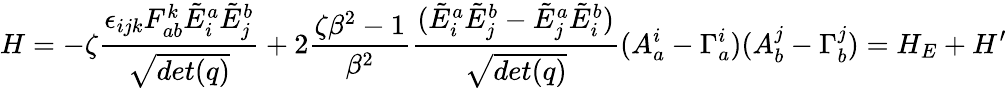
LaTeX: H=-\zeta{\frac{\epsilon_{ijk}F_{ab}^{k}{\tilde{E}}_{i}^{a}{\tilde{E}}_{j}^{b}}{\sqrt{det(q)}}}+2{\frac{\zeta\beta^{2}-1}{\beta^{2}}}{\frac{({\tilde{E}}_{i}^{a}{\tilde{E}}_{j}^{b}-{\tilde{E}}_{j}^{a}{\tilde{E}}_{i}^{b})}{\sqrt{det(q)}}}(A_{a}^{i}-\Gamma_{a}^{i})(A_{b}^{j}-\Gamma_{b}^{j})=H_{E}+H^{\prime}